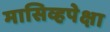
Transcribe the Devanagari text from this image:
मासिव्हपेक्षा